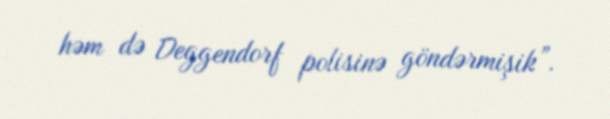
həm də Deggendorf polisinə göndərmişik”.